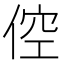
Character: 倥